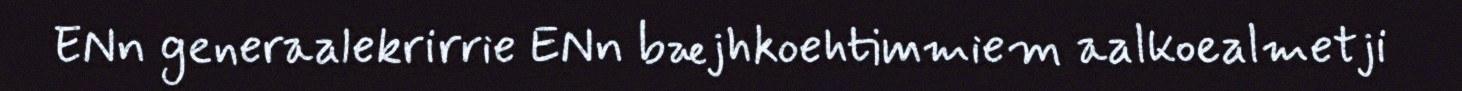
ENn generaalekrirrie ENn bæjhkoehtimmiem aalkoealmetji